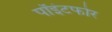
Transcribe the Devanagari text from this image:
पॉइंटफोर